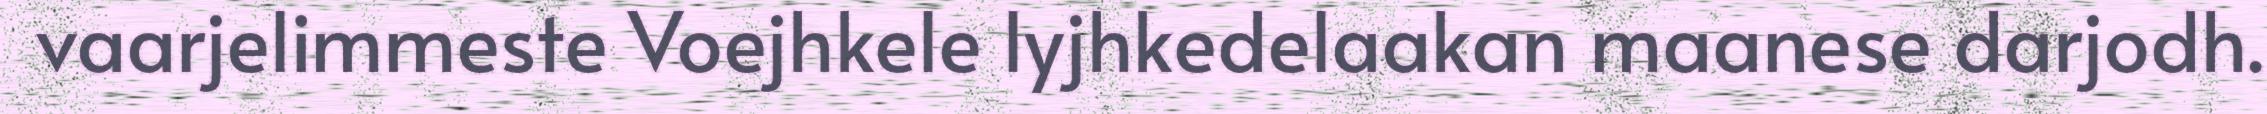
vaarjelimmeste Voejhkele lyjhkedelaakan maanese darjodh.